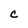
Character: c